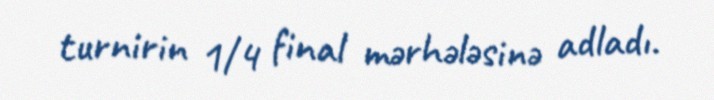
turnirin 1/4 final mərhələsinə adladı.